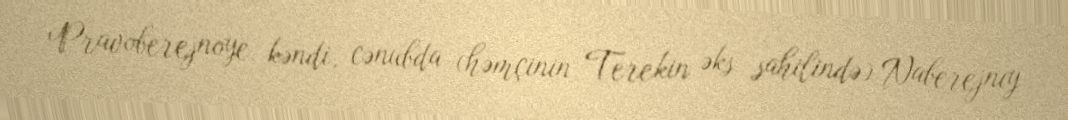
Pravoberejnoye kəndi, cənubda (həmçinin Terekin əks sahilində) Naberejnıy